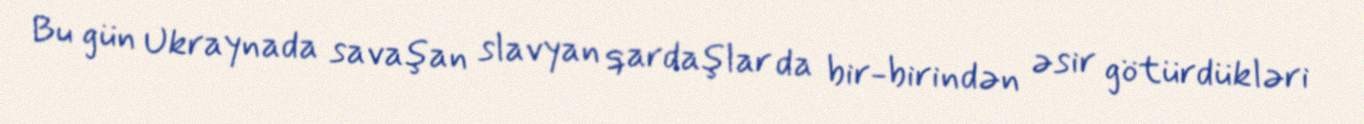
Bu gün Ukraynada savaşan slavyan qardaşlar da bir-birindən əsir götürdükləri